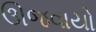
ઊજવાયો